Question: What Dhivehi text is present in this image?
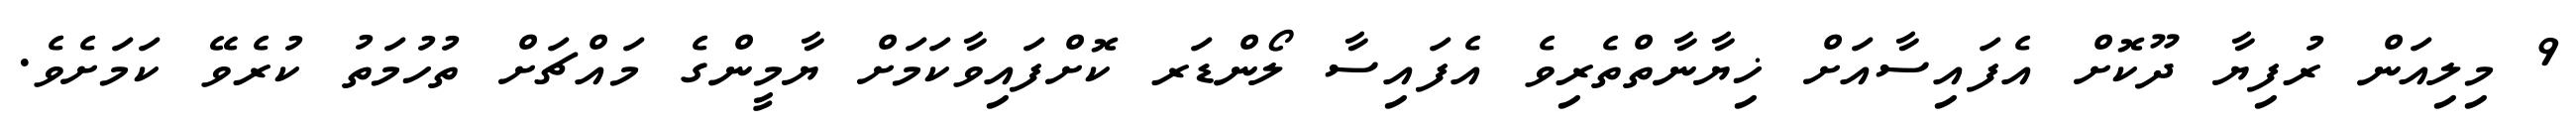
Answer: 9 މިލިއަން ރުފިޔާ ދޫކޮށް އެފައިސާއަށް ޚިޔާނާތްތެރިވެ އެފައިސާ ލޯންޑަރ ކޮށްފައިވާކަމަށް ޔާމީންގެ މައްޗަށް ތުހުމަތު ކުރެވޭ ކަމަށެވެ.